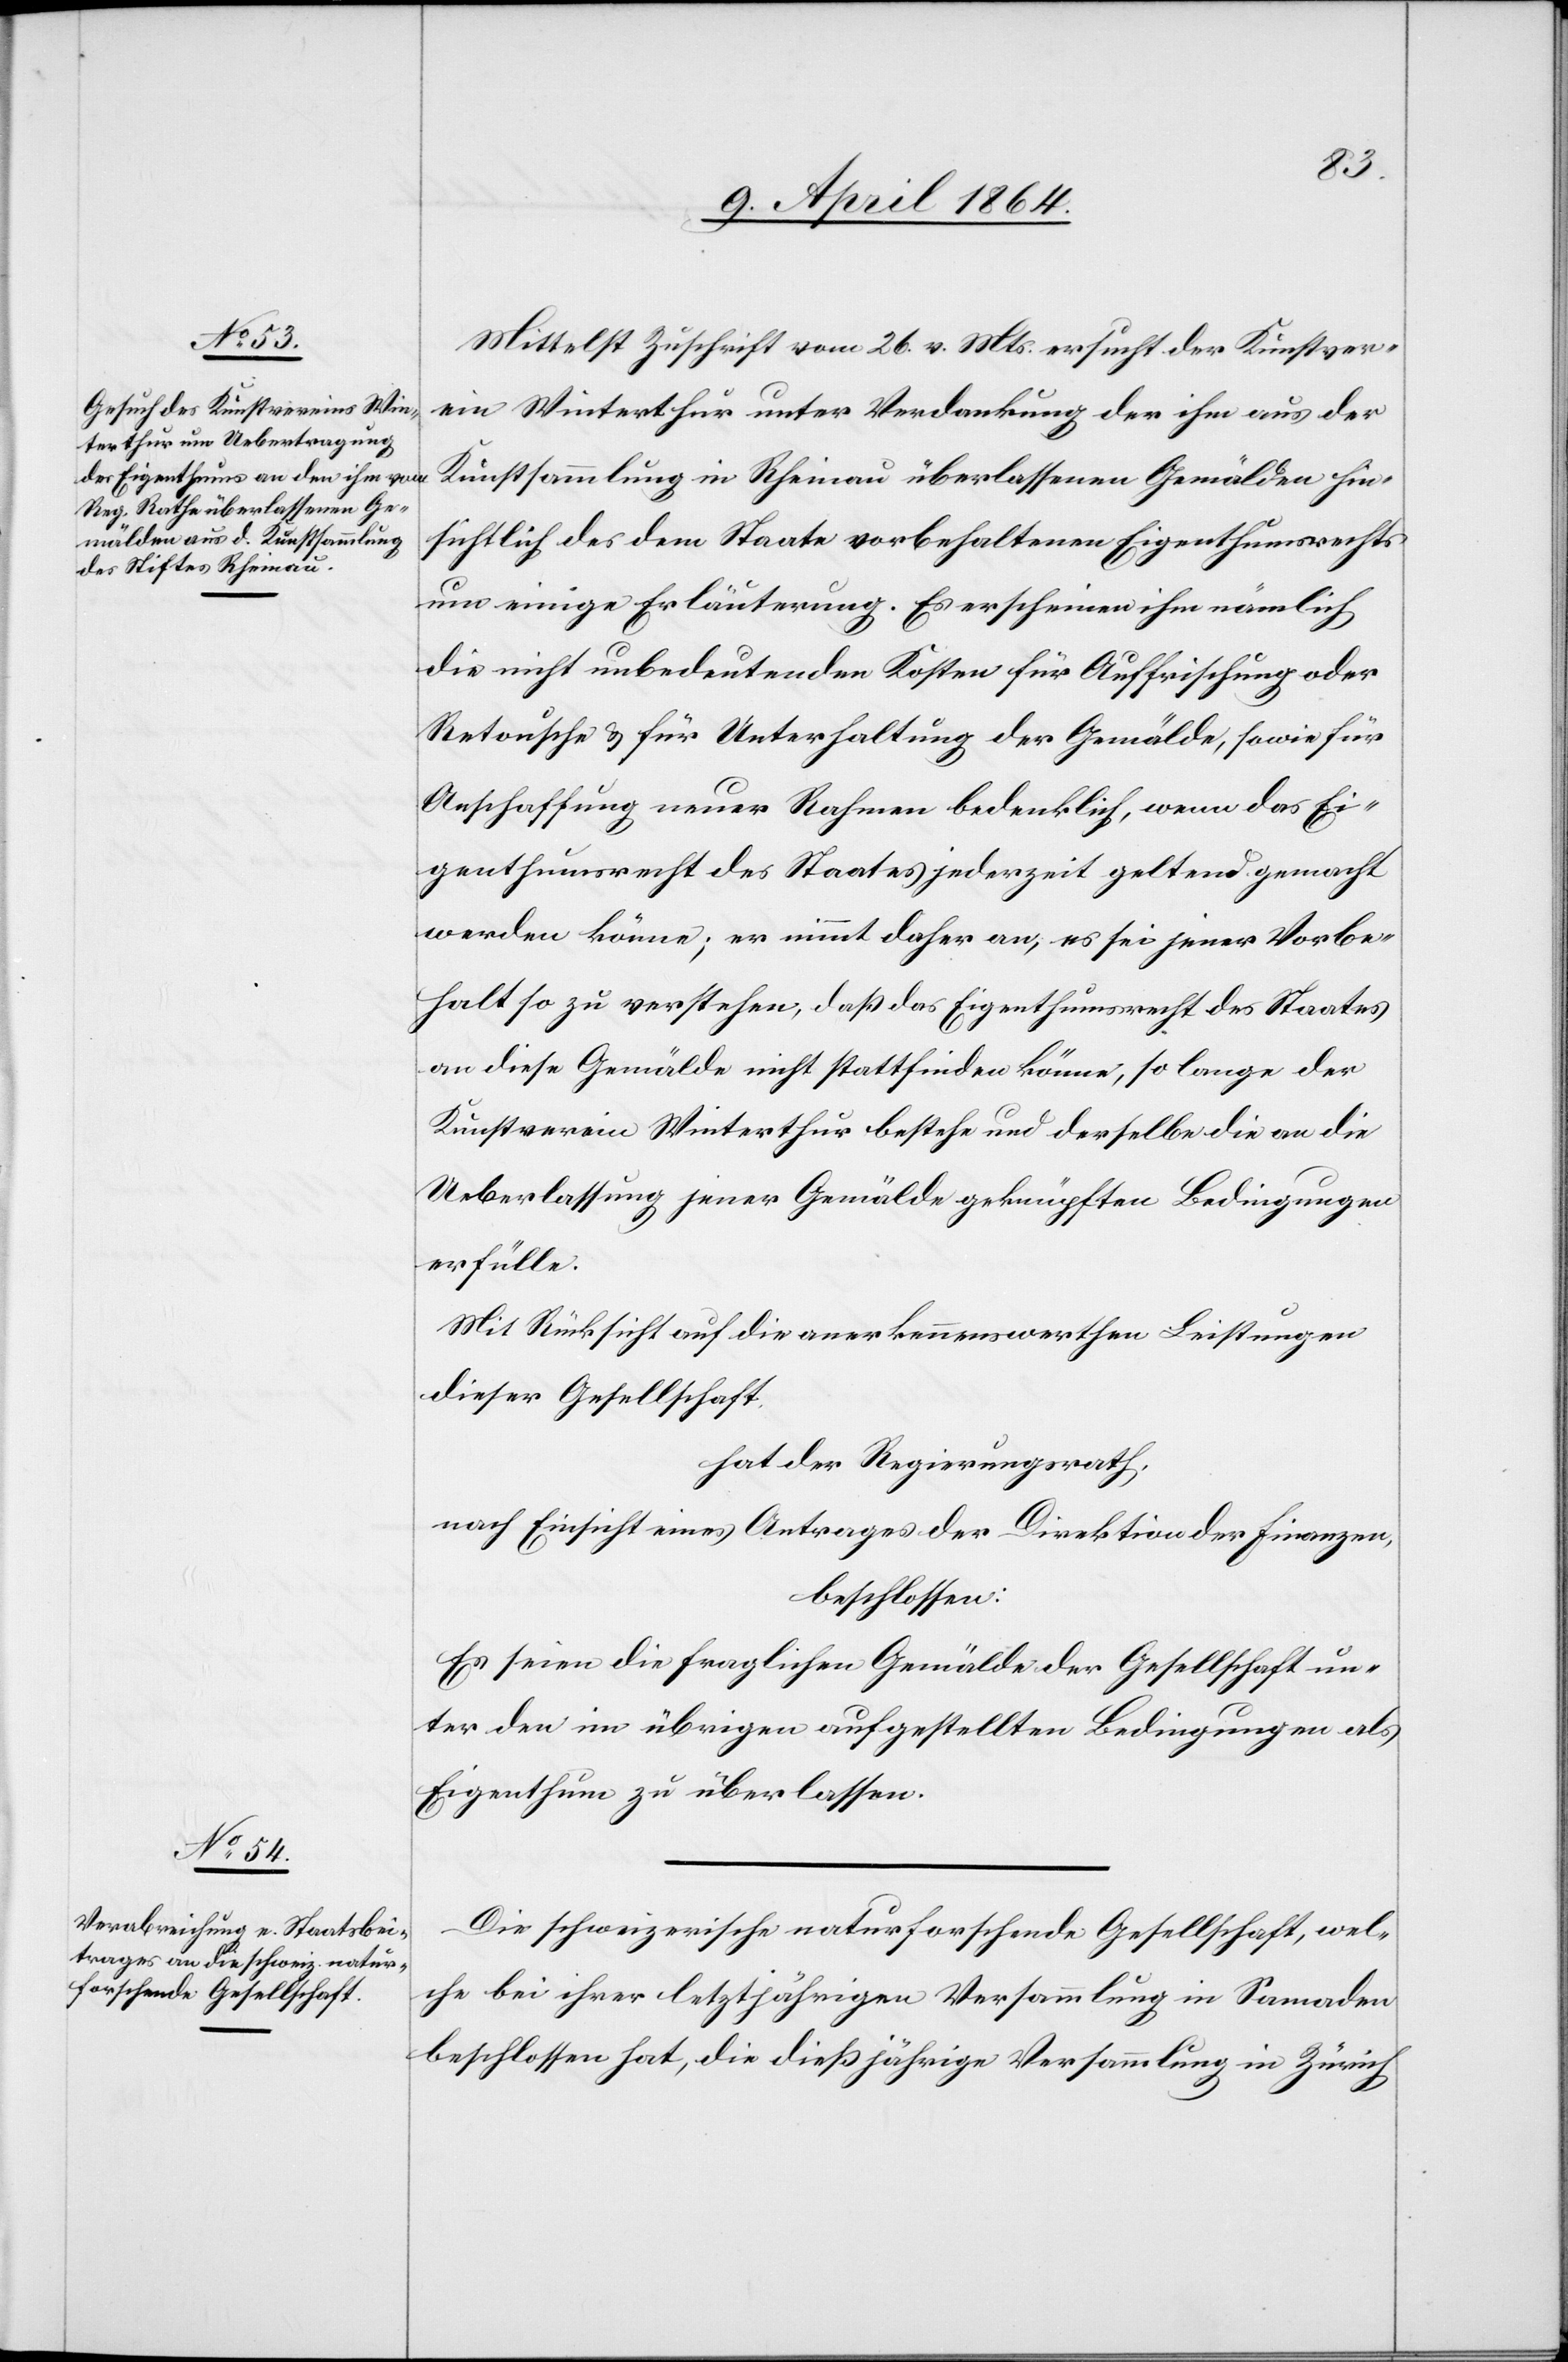
Mittelst Zuschrift vom 26. v. Mts. ersucht der Kunstver¬
ein Winterthur unter Verdankung der ihm aus der
Kunstsammlung in Rheinau überlassenen Gemälde hin¬
sichtlich des dem Staate vorbehaltenen Eigenthumsrechts
um einige Erläuterung. Es erscheinen ihm nämlich
die nicht unbedeutenden Kosten für Auffrischung oder
Retousche u. für Unterhaltung der Gemälde, sowie für
Anschaffung neuer Rahmen bedenklich, wenn das Ei¬
genthumsrecht des Staates jederzeit geltend gemacht
werden könne; er nimmt daher an, es sei jener Vorbe¬
halt so zu verstehen, daß das Eigenthumsrecht des Staates
an diese Gemälde nicht stattfinden könne, so lange der
Kunstverein Winterthur bestehe und derselbe die an die
Ueberlassung jener Gemälde geknüpften Bedingungen
erfülle.
Mit Rücksicht auf die anerkennenswerthen Leistungen
dieser Gesellschaft,
hat der Regierungsrath,
nach Einsicht eines Antrages der Direktion der Finanzen,
beschlossen:
Es seien die fraglichen Gemälde der Gesellschaft un¬
ter den im übrigen aufgestellten Bedingungen als
Eigenthum zu überlassen.
Die schweizerische naturforschende Gesellschaft, wel¬
che bei ihrer letztjährigen Versammlung in Samaden
beschlossen hat, die dießjährige Versammlung in Zürich